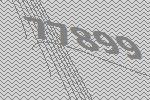
77899